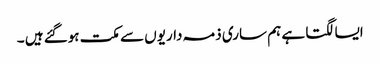
ایسا لگتا ہے ہم ساری ذمہ داریوں سے مکت ہوگئے ہیں ۔